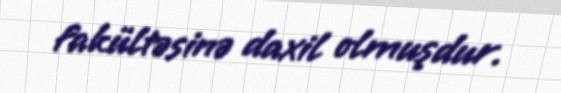
fakültəsinə daxil olmuşdur.